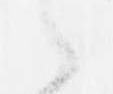
候